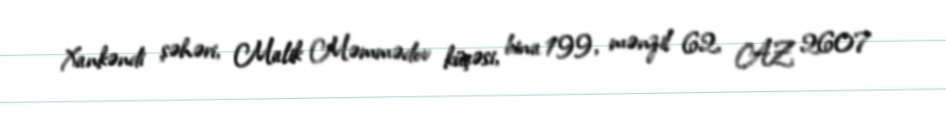
Xankəndi şəhəri, Malik Məmmədov küçəsi, bina 199, mənzil 62, AZ 2607